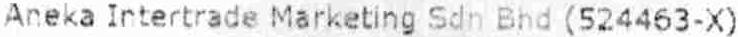
ANEKA INTERTRADE MARKETING SDN BHD (524463-X)